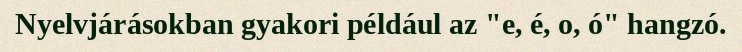
Nyelvjárásokban gyakori például az "e, é, o, ó" hangzó.